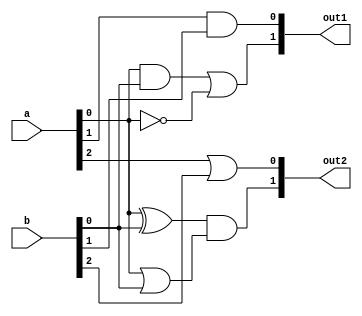
module overlapping_groups (
    input  wire [3:0] a,      // Primary input signals (4 bits)
    input  wire [3:0] b,      // Additional input signals (4 bits)
    output wire [1:0] out1,   // Output from Group 1
    output wire [1:0] out2    // Output from Group 2
);

// Group 1 Logic: Implements a simple logic function
// Example: out1 = (a AND b) OR (NOT a)
wire not_a;
wire and_ab;
wire or_result1;

assign not_a = ~a[0]; // NOT operation on the first bit of 'a'
assign and_ab = a[0] & b[0]; // AND operation on the first bits
assign or_result1 = and_ab | not_a; // OR operation
assign out1 = {or_result1, a[1] & b[1]}; // Output: [or_result1, a[1] AND b[1]]

// Group 2 Logic: Implements another logic function
// Example: out2 = (a XOR b) AND (a OR b)
wire xor_ab;
wire or_ab;
wire and_result2;

assign xor_ab = a[0] ^ b[0]; // XOR operation on the first bits
assign or_ab = a[0] | b[0]; // OR operation on the first bits
assign and_result2 = xor_ab & or_ab; // AND operation
assign out2 = {and_result2, a[2] | b[2]}; // Output: [and_result2, a[2] OR b[2]]

// Additional logic can be added here for more groups or more complex interactions

endmodule